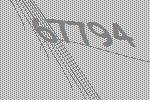
67794